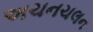
અચનચલન